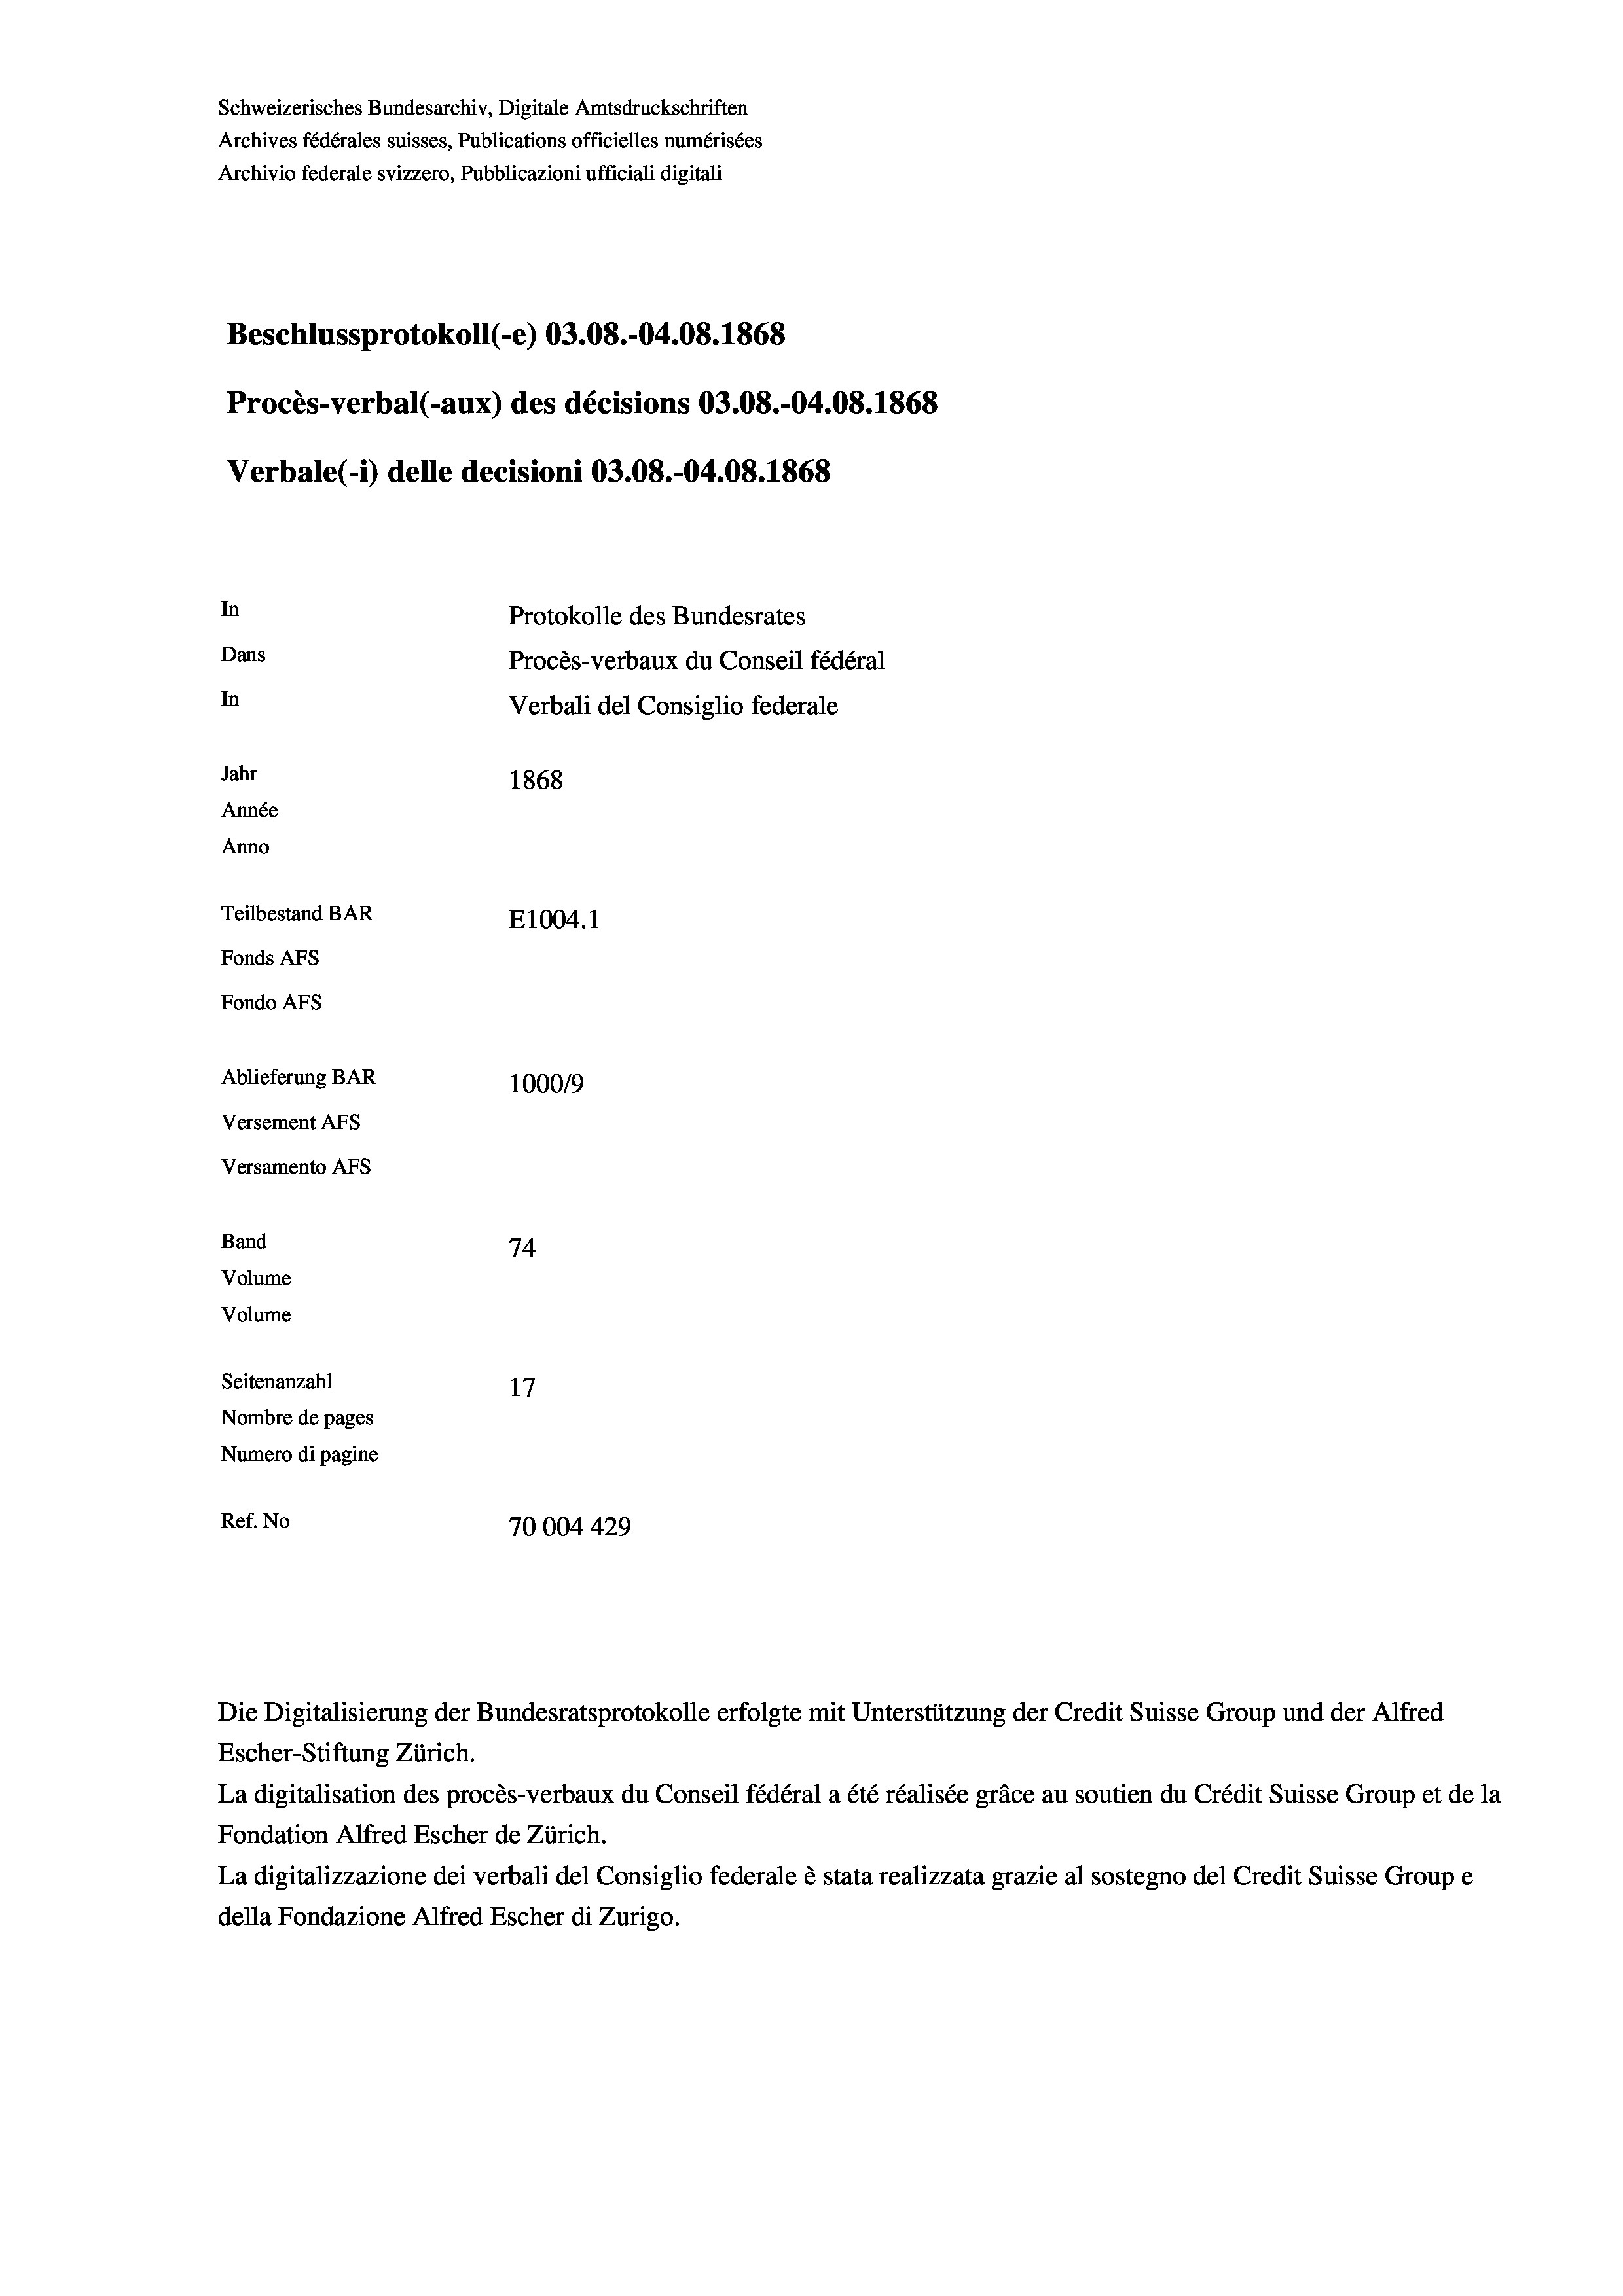
Schweizerisches Bundesarchiv, Digitale Amtsdruckschriften
Archives fédérales suisses, Publications officielles numérisées
Archivio federale svizzero, Pubblicazioni ufficiali digitali
Beschlussprotokoll (-e) 03.08.-04.08. 1868
Procès-verbal (-aux) des décisions 03.08.-04.08. 1868
Verbale (- 1) delle decisioni 03.08.-04.08. 1868
In
Protokolle des Bundesrates
Dans
Procès-verbaux du Conseil fédéral
In
Verbali del Consiglio federale
Jahr
1868
Année
Anno
Teilbestand BAR
E1004.1
Fonds AFs
Fondo AFS
Ablieferung BAR
100019
Versement AFs
Versamento AFs
Band
74
Volume
Volume

Seitenanzahl
17
Nombre de pages
Numero di pagine
Ref. No
70004429

Die Digitalisierung der Bundesratsprotokolle erfolgte mit Unterstützung der Credit Suisse Group und der Alfred
Escher-Stiftung Zürich.
La digitalisation des procès-verbaux du Conseil fédéral a été réalisée gräce au soutien du Crédit Suisse Group et de la
Fondation Alfred Escher de Zürich.
La digitalizzazione dei verbali del Consiglio federale è stata realizzata grazie al sostegno del Credit Suisse Groupe
della Fondazione Alfred Escher di Zurigo.